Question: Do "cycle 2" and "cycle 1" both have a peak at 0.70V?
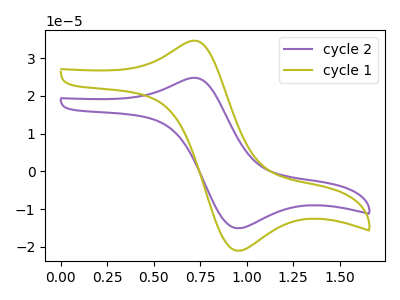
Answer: <think>The purple curve "cycle 2" has an anodic peak at (0.70V, 24.70uA) and a cathodic peak at (0.95V, -15.00uA). The olive curve "cycle 1" has an anodic peak at (0.70V, 34.50uA) and a cathodic peak at (0.95V, -21.00uA).</think>
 <answer>Yes, "cycle 2" and "cycle 1" share a peak at 0.70V.</answer>
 <eval>match</eval>